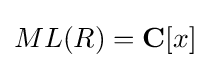
ML(R)=\mathbf {C} [x]